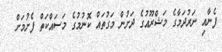
ފެނާއި ނަރުދަމާގެ މަޝްރޫއުގެ ދަށުން މަގުތައް ކޮނުމުގެ މަސައްކަތް ފެށުމަށް